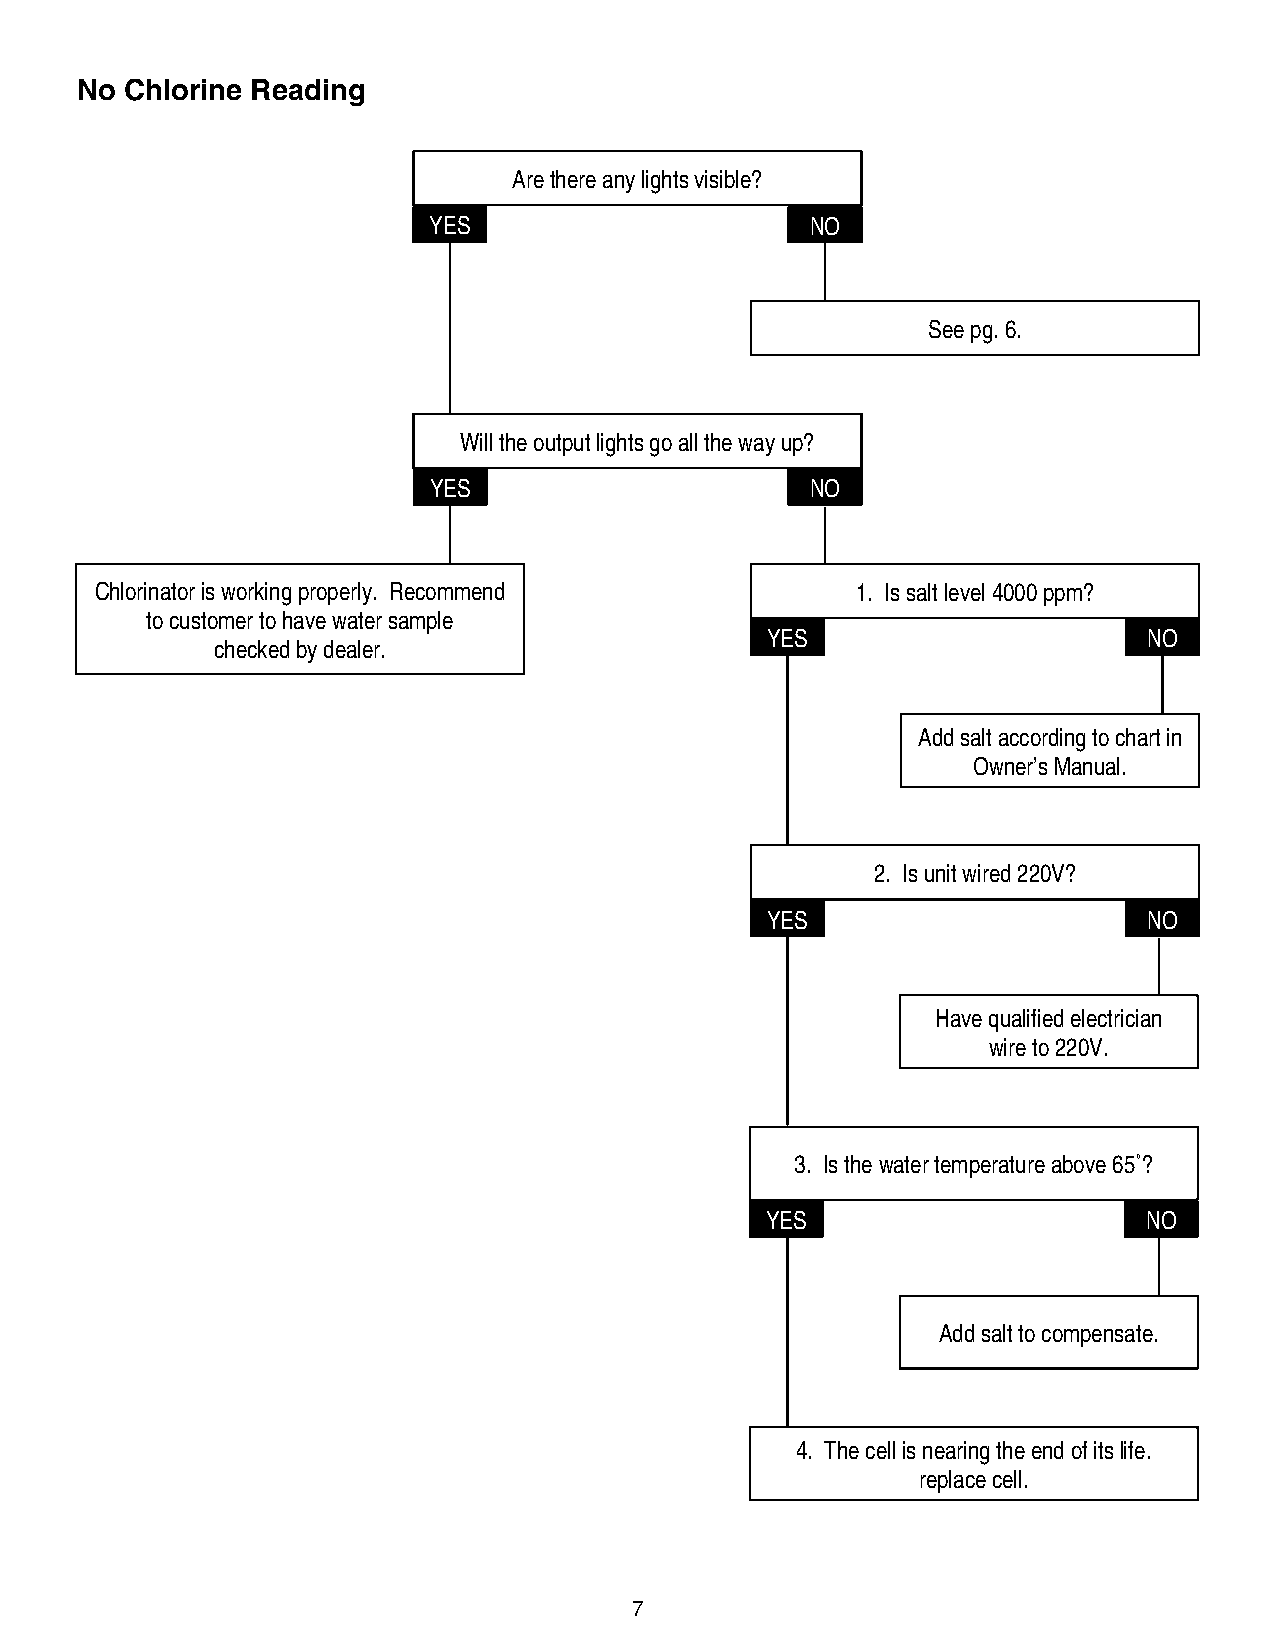
No Chlorine Reading
 Are there any lights visible?
 YES                       NO
 See pg. 6.
 Will the output lights go all the way up?
 YES                       NO
 Chlorinator is working properly. Recommend         1. Is salt level 4000 ppm?
 to customer to have water sample
 YES                      NO
 checked by dealer.
 Add salt according to chart in
 Owner’s Manual.
 2. Is unit wired 220V?
 YES                      NO
 Have qualified electrician
 wire to 220V.
 3. Is the water temperature above 65˚?
 YES                      NO
 Add salt to compensate.
 4. The cell is nearing the end of its life.
 replace cell.
 7